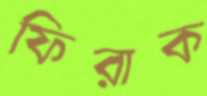
ফিরাক